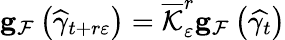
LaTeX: \mathbf{g}_{\mathcal{F}}\left(\widehat{\gamma}_{t+r\varepsilon}\right)=\overline{{\mathcal{K}}}_{\varepsilon}^{r}\mathbf{g}_{\mathcal{F}}\left(\widehat{\gamma_{t}}\right)